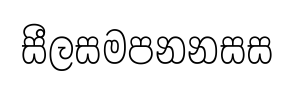
සීලසමපනනසස